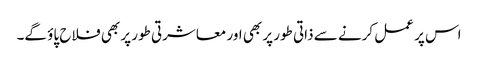
اس پر عمل کرنے سے ذاتی طور پر بھی اور معاشرتی طور پر بھی فلاح پاؤ گے۔